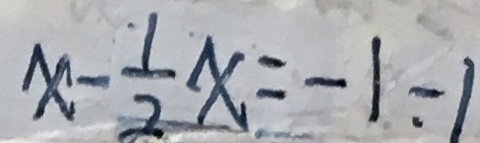
x - \frac { 1 } { 2 } x = - 1 - 1